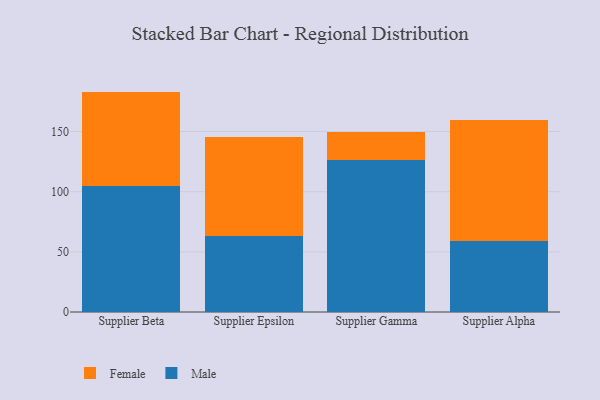
{"axis": {"x": "Supplier", "y": "Page Views"}, "legend": ["Female", "Male"], "data": [{"x": "Supplier Beta", "y": 104.9, "type": "Male"}, {"x": "Supplier Beta", "y": 78.3, "type": "Female"}, {"x": "Supplier Epsilon", "y": 63.2, "type": "Male"}, {"x": "Supplier Epsilon", "y": 81.9, "type": "Female"}, {"x": "Supplier Gamma", "y": 126.4, "type": "Male"}, {"x": "Supplier Gamma", "y": 23.4, "type": "Female"}, {"x": "Supplier Alpha", "y": 59.4, "type": "Male"}, {"x": "Supplier Alpha", "y": 100.3, "type": "Female"}]}